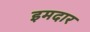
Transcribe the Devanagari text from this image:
इमदार